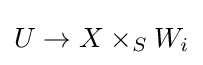
U\to X\times _{S}W_{i}